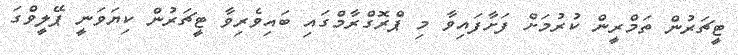
ޓީޗަރުން ތަމްރީން ކުރުމަށް ފަށާފައިވާ މި ޕްރޮގްރާމްގައި ބައިވެރިވާ ޓީޗަރުން ކިޔަވަނީ ޕޭލީވްގަ